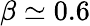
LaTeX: \beta\simeq 0.6